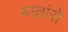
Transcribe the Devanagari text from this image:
बातांसे